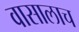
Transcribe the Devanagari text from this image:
वासालाच